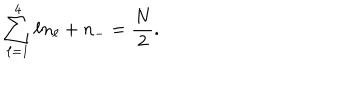
LaTeX: \sum _ { \ell = 1 } ^ { 4 } \ell n _ { \ell } + n _ { - } = \frac { N } { 2 } .